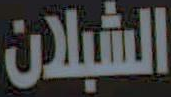
الشبلان